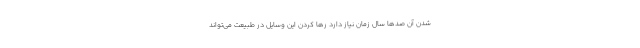
شدن آن صدها سال زمان نیاز دارد رها کردن این وسایل در طبیعت می‌تواند